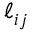
\ell _ { i j }